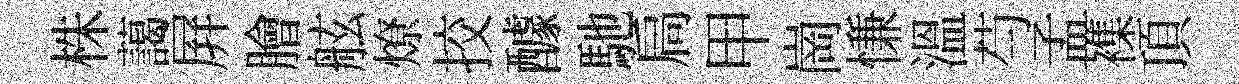
株藹屛膾舷燎挍醵馳扃甲崗慊溫芍孟襍頂